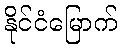
နိုင်ငံမြောက်